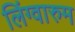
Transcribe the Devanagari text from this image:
लिंग्वारुम